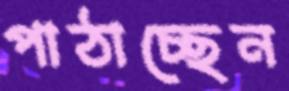
পাঠাচ্ছেন